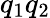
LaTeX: q_{1}q_{2}